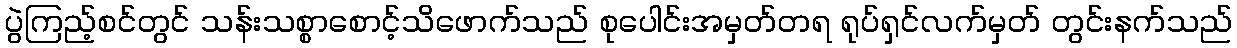
ပွဲကြည့်စင်တွင် သန်းသစ္စာစောင့်သိဖောက်သည် စုပေါင်းအမှတ်တရ ရုပ်ရှင်လက်မှတ် တွင်းနက်သည်